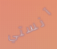
آنستي